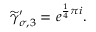
\widetilde { \gamma } _ { \sigma , 3 } ^ { \prime } = e ^ { \frac { 1 } { 4 } \pi i } .